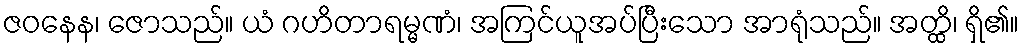
ဇဝနေန၊ ဇောသည်။ ယံ ဂဟိတာရမ္မဏံ၊ အကြင်ယူအပ်ပြီးသော အာရုံသည်။ အတ္ထိ၊ ရှိ၏။